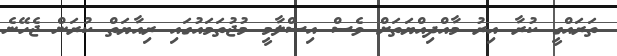
ތަރައްގީ ކުރާ އިރު މާއްދިއްޔަތަށް ވެސް އިސްލާމީ މުޖުތަމައުގައި ރިއާޔަތް ކުރަން ޖެހޭނެ